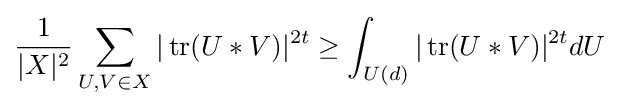
{\frac {1}{|X|^{2}}}\sum _{U,V\in X}|\operatorname {tr} (U*V)|^{2t}\geq \int _{U(d)}|\operatorname {tr} (U*V)|^{2t}dU